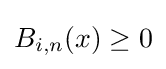
B_{i,n}(x)\geq 0